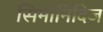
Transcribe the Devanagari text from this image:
सिमोनिदिज